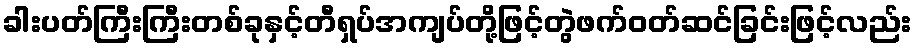
ခါးပတ်ကြီးကြီးတစ်ခုနှင့်တီရှပ်အကျပ်တို့ဖြင့်တွဲဖက်ဝတ်ဆင်ခြင်းဖြင့်လည်း